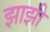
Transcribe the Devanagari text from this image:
झाझी